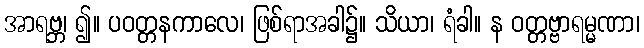
အာရဗ္ဘ၊ ၍။ ပဝတ္တနကာလေ၊ ဖြစ်ရာအခါ၌။ သိယာ၊ ရံခါ။ န ဝတ္တဗ္ဗာရမ္မဏာ၊